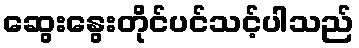
ဆွေးနွေးတိုင်ပင်သင့်ပါသည်